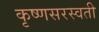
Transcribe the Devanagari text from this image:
कृष्णसरस्वती